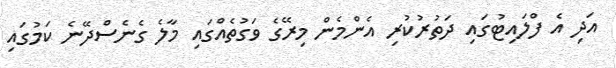
އަދި އެ ފްލައިޓުގައި ދަތުރުކުރި އެންމެން މިރޭގެ ވަގުތެއްގައި މާލެ ގެނެސްދޭނެ ކަމުގައި